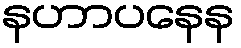
နဟာပနေန